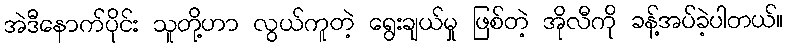
အဲဒီနောက်ပိုင်း သူတို့ဟာ လွယ်ကူတဲ့ ရွေးချယ်မှု ဖြစ်တဲ့ အိုလီကို ခန့်အပ်ခဲ့ပါတယ်။